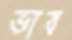
ভাব